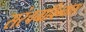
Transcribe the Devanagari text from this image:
सरंचनाविन्यास